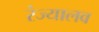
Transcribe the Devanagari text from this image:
रंज्यालव